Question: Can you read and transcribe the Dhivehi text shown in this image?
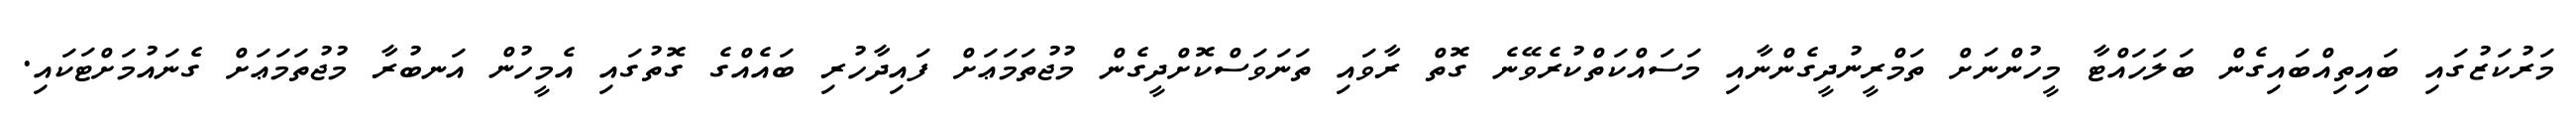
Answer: މަރުކަޒުގައި ބައިތިއްބައިގެން ބަލަހައްޓާ މީހުންނަށް ތަމްރީނުދީގެންނާއި މަސައްކަތްކުރެވޭނެ ގޮތް ރާވައި ތަނަވަސްކޮށްދީގެން މުޖުތަމަޢަށް ފައިދާހުރި ބައެއްގެ ގޮތުގައި އެމީހުން އަނބުރާ މުޖުތަމަޢަށް ގެނައުމަށްޓަކައި.